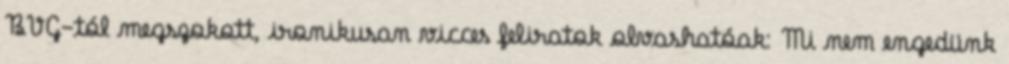
BVG-tól megszokott, ironikusan vicces feliratok olvashatóak: Mi nem engedünk